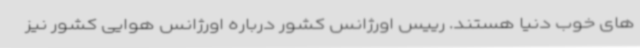
های خوب دنیا هستند. رییس اورژانس کشور درباره اورژانس هوایی کشور نیز